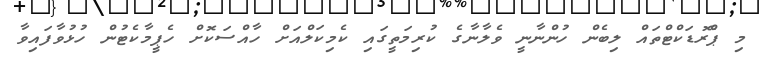
މި ޕްެރޮޑަކްޓްތައް ލިބެން ހުންނާނީ ވެލާނާގެ ކުރިމަތީގައި ކެމިކަލްއަށް ހާއްސަކޮށް ހެޕީމާކެޓުން ހުޅުވާފައިވާ